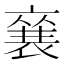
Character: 𮖚